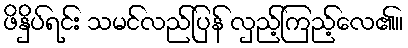
ဖိနှိပ်ရင်း သမင်လည်ပြန် လှည့်ကြည့်လေ၏။